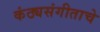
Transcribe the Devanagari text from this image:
कंठ्यसंगीताचे